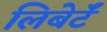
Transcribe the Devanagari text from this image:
लिबेर्टॅ